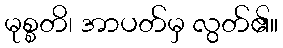
မုစ္စတိ၊ အာပတ်မှ လွတ်၏။